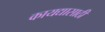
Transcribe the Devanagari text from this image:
कायद्यासाठी